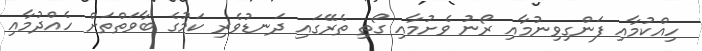
ހިއްކުމާއި ފަންގިވިނުމާއި ރޯނު ވެށުމާއި ގޯތި ތެރޭގައި ދަނޑުވެރި ކަމުގެ ބާވަތްތަށް ހެއްދުމާއި